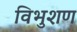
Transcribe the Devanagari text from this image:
विभुशण